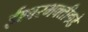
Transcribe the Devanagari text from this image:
ईश्‍वरभक्तीकडे